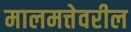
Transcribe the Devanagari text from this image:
मालमत्तेवरील